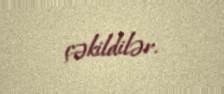
çəkildilər.